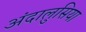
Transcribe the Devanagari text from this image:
अंदालुसिया